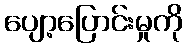
ပျော့ပြောင်းမှုကို